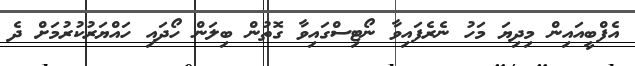
އެފްބީއައިން މިދިޔަ މަހު ނެރެފައިވާ ނޯޓިސްގައިވާ ގޮތުން ބިލަން ހޯދައި ހައްޔަރުކުރުމަށް ދެ